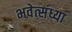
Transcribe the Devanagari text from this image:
भवेत्संध्या